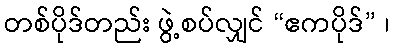
တစ်ပိုဒ်တည်း ဖွဲ့စပ်လျှင် “ဧကပိုဒ်” ၊